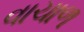
વાચાળ